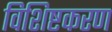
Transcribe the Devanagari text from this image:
विशिष्टकरण